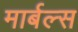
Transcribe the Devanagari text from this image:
मार्बल्स